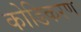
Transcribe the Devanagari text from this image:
कोडिकरण